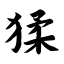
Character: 猱